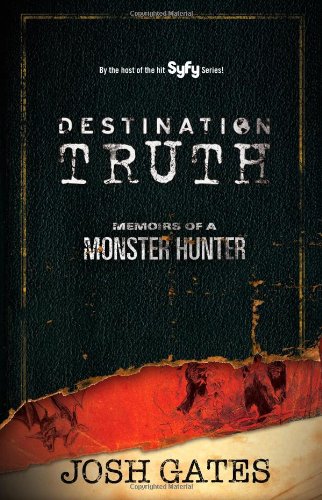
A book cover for Destination Truth: Memoirs of a Monster Hunter; Josh Gates; Religion & Spirituality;